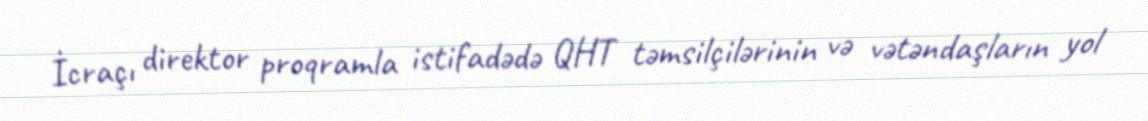
İcraçı direktor proqramla istifadədə QHT təmsilçilərinin və vətəndaşların yol